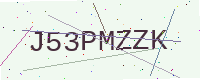
Text: J53PMZZK